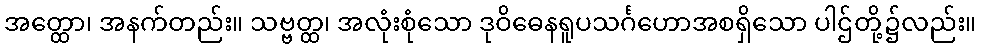
အတ္ထော၊ အနက်တည်း။ သဗ္ဗတ္ထ၊ အလုံးစုံသော ဒုဝိဓေနရူပသင်္ဂဟောအစရှိသော ပါဌ်တို့၌လည်း။